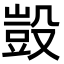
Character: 𣪱